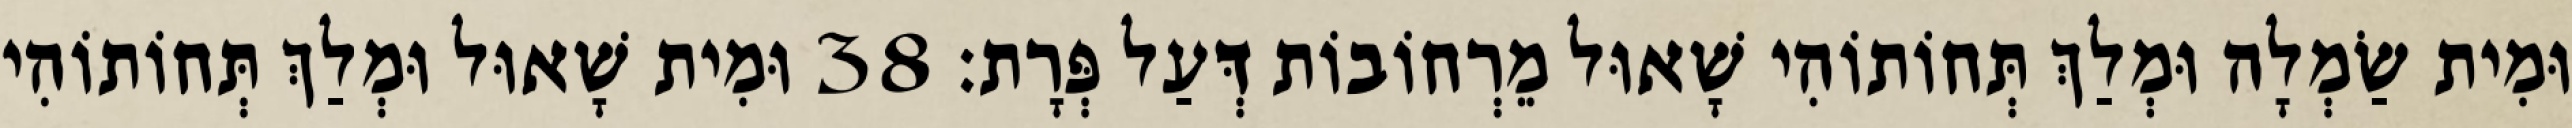
וּמִית שַׂמְלָה וּמְלַךְ תְּחוֹתוֹהִי שָׁאוּל מֵרְחוֹבוֹת דְּעַל פְּרָת׃ 38 וּמִית שָׁאוּל וּמְלַךְ תְּחוֹתוֹהִי